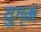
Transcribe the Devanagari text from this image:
युग्मं